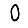
Digit: 0